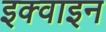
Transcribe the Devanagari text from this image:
इक्वाइन